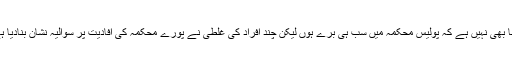
ایسا بھی نہیں ہے کہ پولیس محکمہ میں سب ہی برے ہوں لیکن چند افراد کی غلطی نے پورے محکمہ کی افادیت پر سوالیہ نشان بنادیا ہے۔